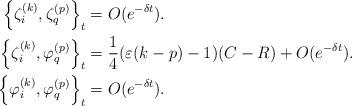
LaTeX: \begin{align*}\left\{ \zeta_i^{(k)}, \zeta_{q}^{(p)}\right\}_t & = O(e^{-\delta t}).\\\left\{ \zeta_i^{(k)}, \varphi_{q}^{(p)}\right\}_t & = \frac{1}{4}(\varepsilon(k-p)-1)(C-R) + O(e^{-\delta t}).\\\left\{ \varphi_i^{(k)}, \varphi_{q}^{(p)}\right\}_t & = O(e^{-\delta t}).\\\end{align*}